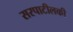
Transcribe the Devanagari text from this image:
सरपाटीलकी